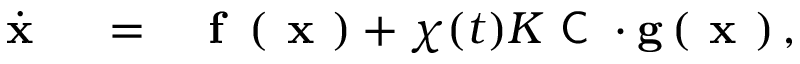
\begin{array} { r l r } { \dot { \textbf { x } } } & { { } = } & { \textbf { f } \left( \textbf { x } \right) + { \chi } ( t ) { K } { \textsf { C } } \cdot \mathbf { g } \left( \textbf { x } \right) , } \end{array}